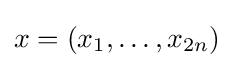
x=(x_{1},\dots ,x_{2n})